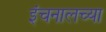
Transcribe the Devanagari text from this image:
इंचनालच्या